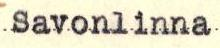
Savonlinna